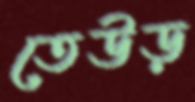
তেউড়